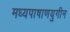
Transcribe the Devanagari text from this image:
मध्यपाषाणयुगीन